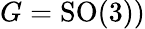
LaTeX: G=\mathrm{SO(3)})